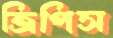
ত্রিপিস